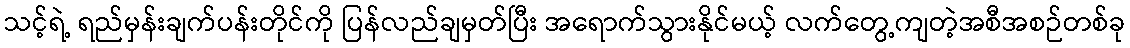
သင့်ရဲ့ ရည်မှန်းချက်ပန်းတိုင်ကို ပြန်လည်ချမှတ်ပြီး အရောက်သွားနိုင်မယ့် လက်တွေ့ကျတဲ့အစီအစဉ်တစ်ခု